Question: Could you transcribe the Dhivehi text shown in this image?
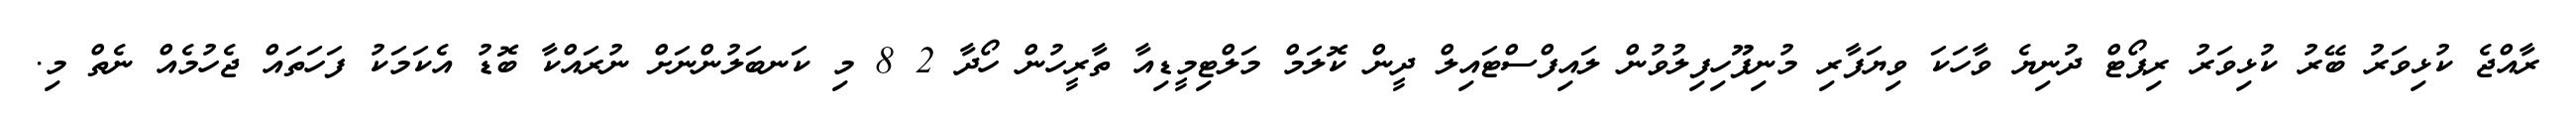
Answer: ރާއްޖެ ކުޅިވަރު ބޭރު ކުޅިވަރު ރިޕޯޓް ދުނިޔެ ވާހަކަ ވިޔަފާރި މުނިފޫހިފިލުވުން ލައިފްސްޓައިލް ދީން ކޮލަމް މަލްޓިމީޑިއާ ތާރީހުން ހޯދާ 2 8 މި ކަނބަލުންނަށް ނުރައްކާ ބޮޑު އެކަމަކު ފަހަތައް ޖެހުމެއް ނެތް މި.